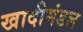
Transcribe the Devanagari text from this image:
खादीमंडल